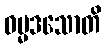
ဓမ္မဒသောတိ